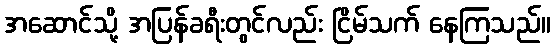
အဆောင်သို့ အပြန်ခရီးတွင်လည်း ငြိမ်သက် နေကြသည်။